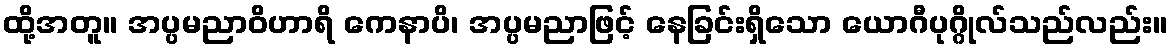
ထို့အတူ။ အပ္ပမညာဝိဟာရိ ကေနာပိ၊ အပ္ပမညာဖြင့် နေခြင်းရှိသော ယောဂီပုဂ္ဂိုလ်သည်လည်း။